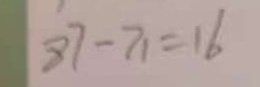
8 7 - 7 1 = 1 6